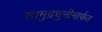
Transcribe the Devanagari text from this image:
सामुद्रधुनीमार्फत